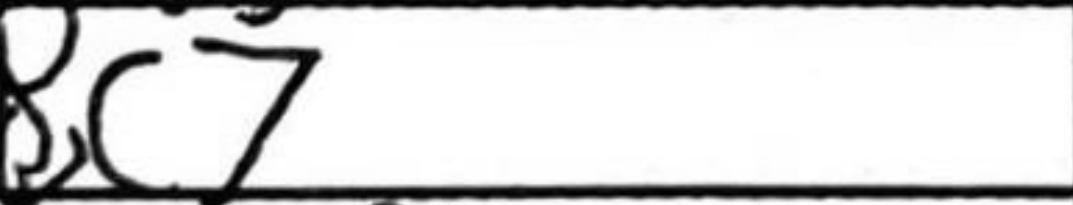
Transcription: Rc7